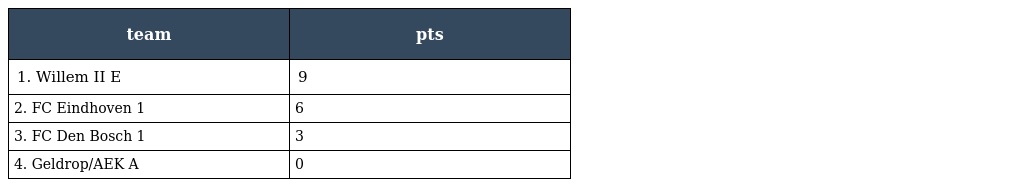
| team | pts |
 | --- | --- |
 | 1. Willem II E | 9 |
 | 2. FC Eindhoven 1 | 6 |
 | 3. FC Den Bosch 1 | 3 |
 | 4. Geldrop/AEK A | 0 |